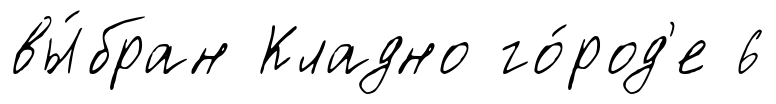
вы́бран Кладно го́род'е 6